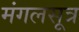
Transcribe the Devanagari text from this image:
मंगलसूत्र